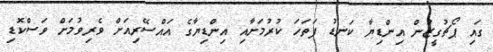
ގައި ޕޯޗުގީޒުން އިންޑިޔާ ކަނޑު ފަތަހަ ކުރުމަށާއި އިންޑިޔާގެ އައްސޭރިއަށް ވެރިވުމަށް ވަސްކޮޑި